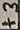
Text: +3